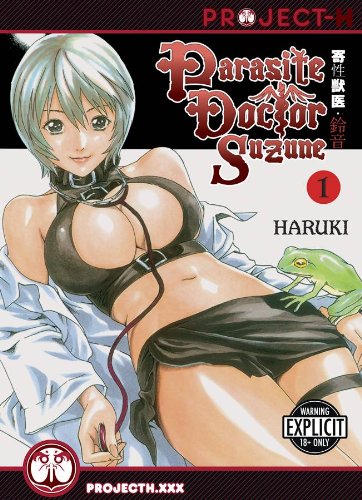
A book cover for THE PARASITE DR SUZUNE VOLUME 1 (HENTAI MANGA) (Parasite Doctor Suzune); Haruki; Comics & Graphic Novels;